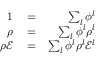
\begin{array} { r l r } { 1 } & { { } = } & { \sum _ { l } \phi ^ { l } } \\ { \rho } & { { } = } & { \sum _ { l } \phi ^ { l } \rho ^ { l } } \\ { \rho \mathscr { E } } & { { } = } & { \sum _ { l } \phi ^ { l } \rho ^ { l } \mathscr { E } ^ { l } } \end{array}